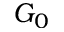
G _ { 0 }